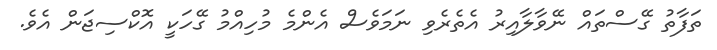
ތަފާތު ގޭސްތައް ނޭވާލާއިރު އެތެރެވި ނަމަވެސް އެންމެ މުހިއްމު ގޭހަކީ އޮކްސިޖަން އެވެ.